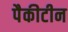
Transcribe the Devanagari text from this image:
पैकीटीन